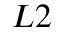
L 2